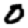
Digit: 0